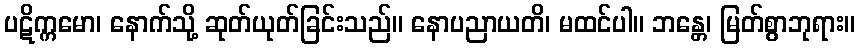
ပဋိက္ကမော၊ နောက်သို့ ဆုတ်ယုတ်ခြင်းသည်။ နောပညာယတိ၊ မထင်ပါ။ ဘန္တေ၊ မြတ်စွာဘုရား။